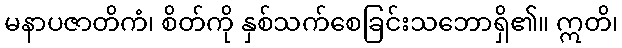
မနာပဇာတိကံ၊ စိတ်ကို နှစ်သက်စေခြင်းသဘောရှိ၏။ ဣတိ၊